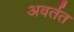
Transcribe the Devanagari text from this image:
अवर्तत